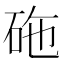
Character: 砤